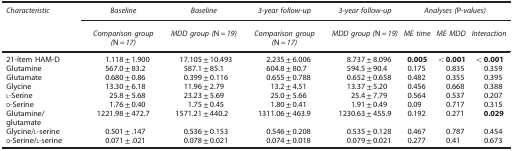
<table><thead><tr><td><b><i>Characteristic</i></b></td><td><b><i>Baseline</i></b></td><td><b><i>Baseline</i></b></td><td><b><i>3-year follow-up</i></b></td><td><b><i>3-year follow-up</i></b></td><td colspan="3"><b><i>Analyses (</i>P-<i>values)</i></b></td></tr><tr><td><b> </b></td><td><b><i>Comparison group (</i>N=<i>17)</i></b></td><td><b><i>MDD group (</i>N=<i>19)</i></b></td><td><b><i>Comparison group (</i>N=<i>17)</i></b></td><td><b><i>MDD group (</i>N=<i>19)</i></b></td><td><b><i>ME time</i></b></td><td><b><i>ME MDD</i></b></td><td><b><i>Interaction</i></b></td></tr></thead><tbody><tr><td>21-item HAM-D</td><td>1.118±1.900</td><td>17.105±10.493</td><td>2.235±6.006</td><td>8.737±8.096</td><td><b>0.005</b></td><td><b>&lt;0.001</b></td><td><b>&lt;0.001</b></td></tr><tr><td>Glutamine</td><td>567.0±83.2</td><td>587.1±85.1</td><td>604.8±80.7</td><td>594.5±90.4</td><td>0.175</td><td>0.835</td><td>0.359</td></tr><tr><td>Glutamate</td><td>0.680±0.86</td><td>0.399±0.116</td><td>0.655±0.788</td><td>0.652±0.658</td><td>0.482</td><td>0.355</td><td>0.395</td></tr><tr><td>Glycine</td><td>13.30±6.18</td><td>11.96±2.79</td><td>13.2±4.51</td><td>13.37±5.20</td><td>0.456</td><td>0.668</td><td>0.388</td></tr><tr><td>l-Serine</td><td>25.8±5.68</td><td>23.23±5.69</td><td>25.0±5.66</td><td>25.4±7.79</td><td>0.564</td><td>0.537</td><td>0.207</td></tr><tr><td>d-Serine</td><td>1.76±0.40</td><td>1.75±0.45</td><td>1.80±0.41</td><td>1.91±0.49</td><td>0.09</td><td>0.717</td><td>0.315</td></tr><tr><td>Glutamine/glutamate</td><td>1221.98±472.7</td><td>1571.21±440.2</td><td>1311.06±463.9</td><td>1230.63±455.9</td><td>0.192</td><td>0.271</td><td><b>0.029</b></td></tr><tr><td>Glycine/l-serine</td><td>0.501±.147</td><td>0.536±0.153</td><td>0.546±0.208</td><td>0.535±0.128</td><td>0.467</td><td>0.787</td><td>0.454</td></tr><tr><td>d-Serine/l-serine</td><td>0.071±.021</td><td>0.078±0.021</td><td>0.074±0.018</td><td>0.079±0.021</td><td>0.277</td><td>0.41</td><td>0.673</td></tr></tbody></table>